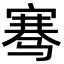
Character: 骞